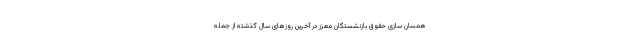
همسان سازی حقوق بازنشستگان معزز در آخرین روزهای سال گذشته از جمله